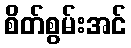
စိတ်စွမ်းအင်